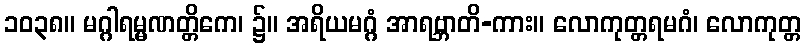
၁၀၃၈။ မဂ္ဂါရမ္မဏတ္တိကေ၊ ၌။ အရိယမဂ္ဂံ အာရဗ္ဘာတိ-ကား။ လောကုတ္တရမဂံ၊ လောကုတ္တ